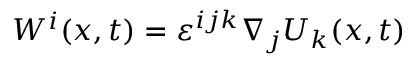
\begin{array} { r } { W ^ { i } ( x , t ) = \varepsilon ^ { i j k } \nabla _ { j } U _ { k } ( x , t ) } \end{array}